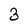
Character: 3